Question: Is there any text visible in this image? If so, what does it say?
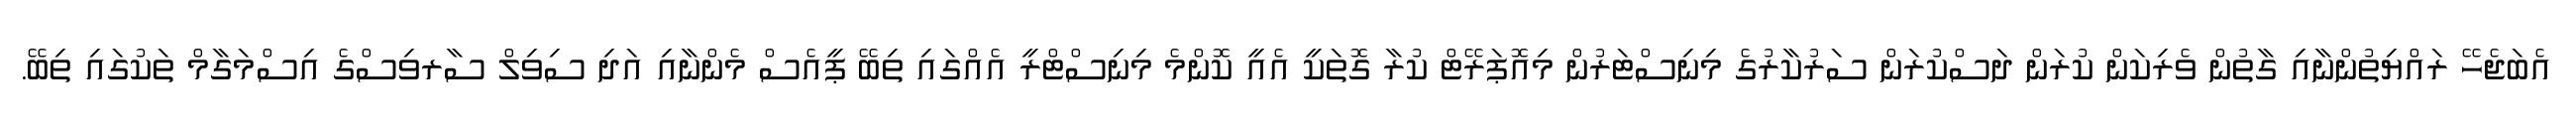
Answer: އެބަޖެހޭ ރައްޔިތުންނާއި ގާތުން ވެރިކަން ކުރަން ދަސްކުރަން ސަރުކާރުގެ މިނިސްޓަރުން މިއޮޕަރޭޓް ކުރާ ގޮތަކީ އެއީ ކޮންމެ މިނިސްޓްރީ އެއްގައި ތިބޭ ޕީއެސް މެންނާއި އަދި ސިވިލް ސާރވިސްގެ އިސްމަގާމް ތަކުގައި ތިބޭ.